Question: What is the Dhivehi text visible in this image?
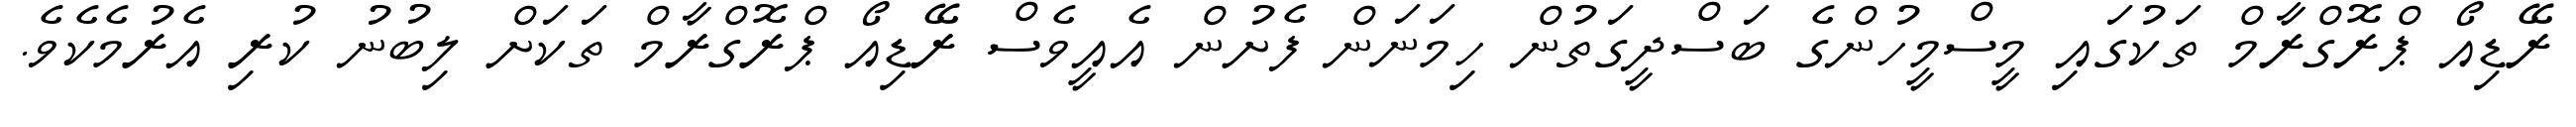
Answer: ރޭޑިއޯ ޕްރޮގްރާމް ތަކުގައި މީސްމީހުންގެ ބަސްދީގަތުން ހިމަނަން ފެށުން އެއީވެސް ރޭޑިއޯ ޕްރޮގްރާމް ތަކަށް ލިބުނު ކުރި އެރުމެކެވެ.